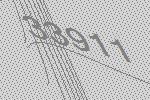
33911